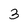
Character: 3